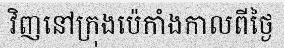
វិញនៅក្រុងប៉េកាំងកាលពីថ្ងៃ